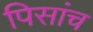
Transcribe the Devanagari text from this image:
पिसांच